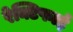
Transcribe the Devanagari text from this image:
रेक्टिफाई